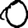
Digit: 0